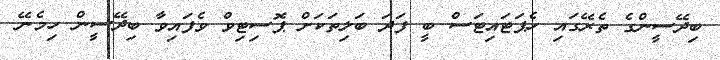
ބިދޭސީންގެ ތެރޭގައި ހެޕަޓައިޓަސް ބީ ފަދަ ބަލިތަކަށް ޕޮސިޓިވް ވެފައިވާ ބިދޭސީން ހިމެނޭ